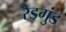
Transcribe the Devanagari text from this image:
रैडगुंड